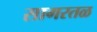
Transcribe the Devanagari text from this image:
सागरतळ